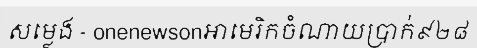
សម្លេង - onenewsonអាមេរិកចំណាយប្រាក់៩២៨